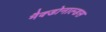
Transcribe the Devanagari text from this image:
मैक्डोनाल्डस